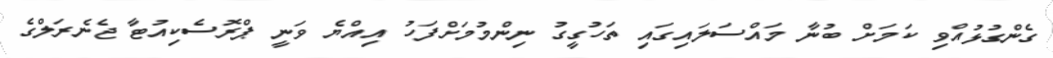
ގެންގުޅުއްވި ކަމަށް ބުނާ މައްސަލައިގައި ތަހުގީގު ނިންމުމަށްފަހު އިއްޔެ ވަނީ ޕްރޮސެކިއުޓާ ޖެނެރަލްގެ